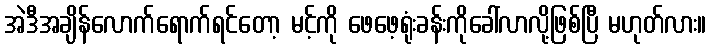
အဲဒီအချိန်လောက်ရောက်ရင်တော့ မင့်ကို ဖေဖေ့ရုံးခန်းကိုခေါ်လာလို့ဖြစ်ပြီ မဟုတ်လား။